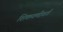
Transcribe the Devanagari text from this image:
शिकवणीवर्ग